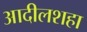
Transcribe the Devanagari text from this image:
आदीलशहा